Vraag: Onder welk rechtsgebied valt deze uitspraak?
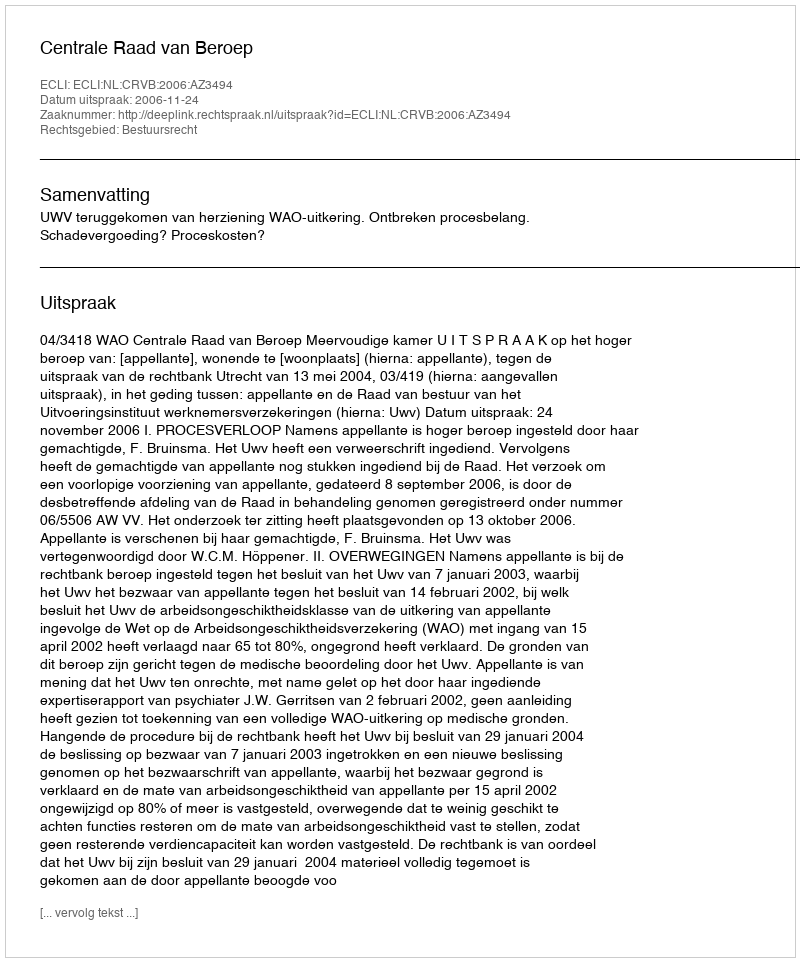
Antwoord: Bestuursrecht